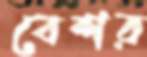
বেশর